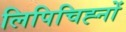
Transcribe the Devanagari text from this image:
लिपिचिह्नों